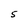
Character: 5